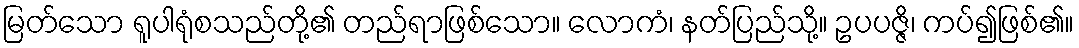
မြတ်သော ရူပါရုံစသည်တို့၏ တည်ရာဖြစ်သော။ လောကံ၊ နတ်ပြည်သို့။ ဥပပဇ္ဇိ၊ ကပ်၍ဖြစ်၏။